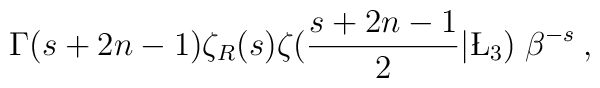
\Gamma(s+2n-1)\zeta_R(s)\zeta(\frac{s+2n-1}{2}|\L_3)\;\beta^{-s}\:,\nonumber